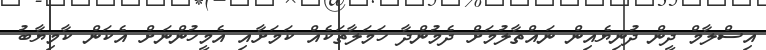
އިސްލާމް ދީން ދުނިޔެއިން ނައްތާލުމަށް ދެމުންދާ ހަމަލާތަކެއް ކަމަށާއި އެމީހުންނަށް އެކަން ކާމިޔާބު